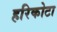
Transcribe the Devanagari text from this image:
हरिकोटा